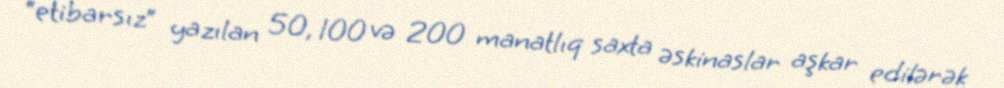
“etibarsız” yazılan 50, 100 və 200 manatlıq saxta əskinaslar aşkar edilərək